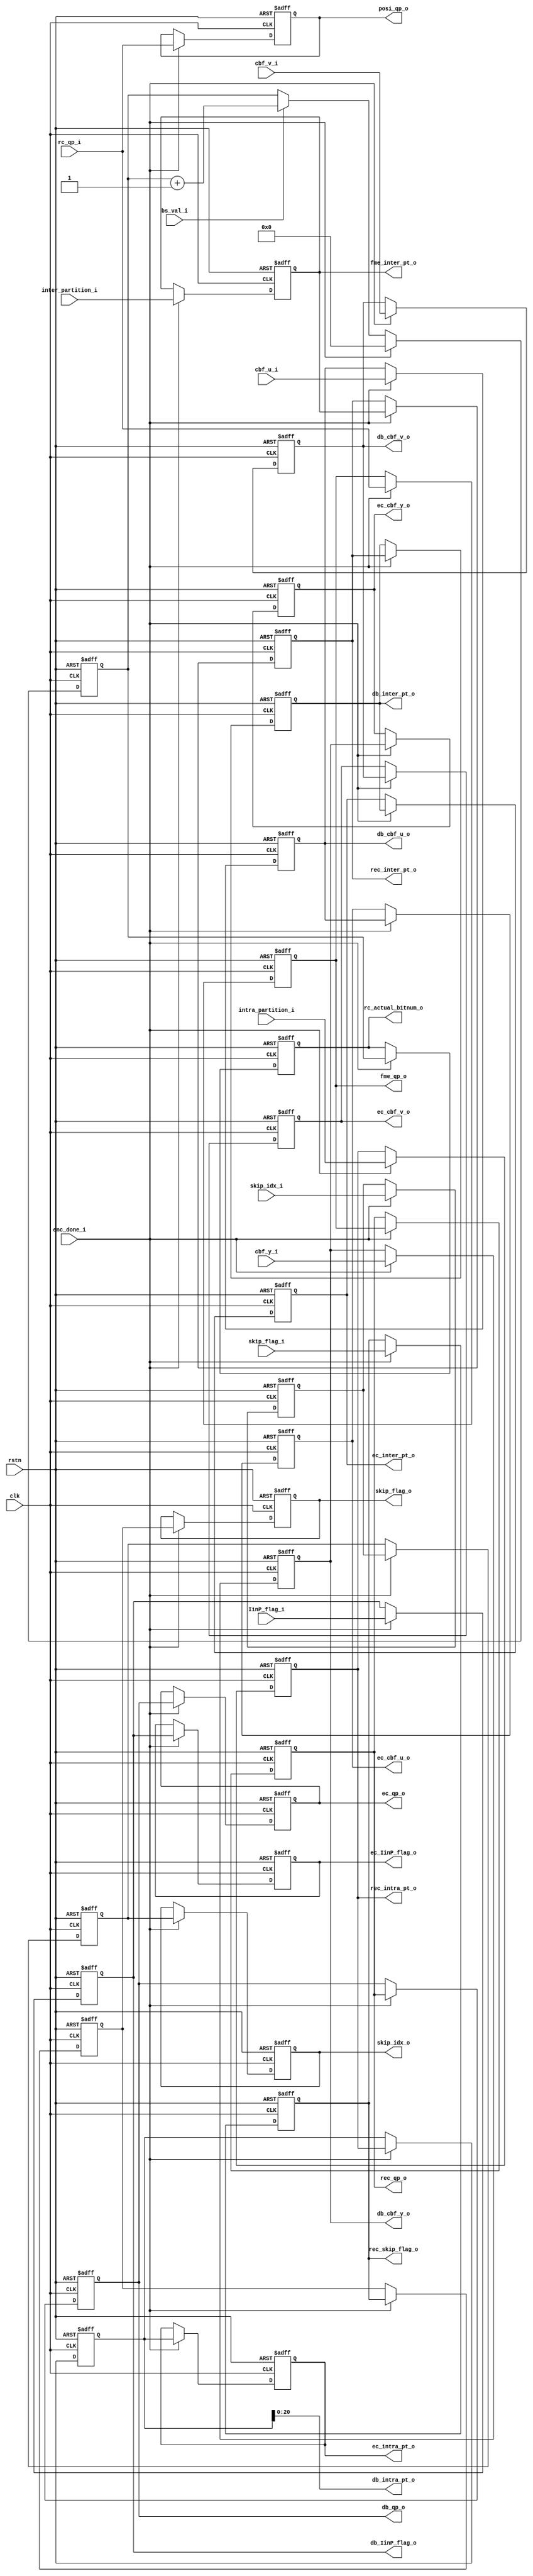
module enc_data_pipeline(
    // global
    clk                     ,
    rstn                    ,
    enc_done_i              ,
    // qp
    rc_qp_i                 ,
    posi_qp_o               ,
    fme_qp_o                ,
    rec_qp_o                ,
    db_qp_o                 ,
    ec_qp_o                 ,
    // intra pt
    intra_partition_i       ,
    rec_intra_pt_o          ,
    db_intra_pt_o           ,
    ec_intra_pt_o           ,
    // inter pt
    inter_partition_i       ,
    fme_inter_pt_o          ,       
    rec_inter_pt_o          ,
    db_inter_pt_o           ,
    ec_inter_pt_o           ,
    // IinP flag
    IinP_flag_i             ,
    db_IinP_flag_o          ,
    ec_IinP_flag_o          ,
    // cbf
    cbf_y_i                 ,
    cbf_u_i                 ,
    cbf_v_i                 ,
    db_cbf_y_o              ,
    db_cbf_u_o              ,
    db_cbf_v_o              ,
    ec_cbf_y_o              ,
    ec_cbf_u_o              ,
    ec_cbf_v_o              ,
    // skip 
    skip_idx_i              ,
    skip_flag_i             ,
    skip_idx_o              ,
    skip_flag_o             ,
    rec_skip_flag_o         ,
    // rc bitnum
    bs_val_i                ,
    rc_actual_bitnum_o      
   );

//---- input/output ----------------------------------------------
    input                       clk                 ;
    input                       rstn                ;
    input                       enc_done_i          ;
    // qp
    input   [6      -1 :0]      rc_qp_i             ;
    output  [6      -1 :0]      posi_qp_o           ;
    output  [6      -1 :0]      fme_qp_o            ;
    output  [6      -1 :0]      rec_qp_o            ;
    output  [6      -1 :0]      db_qp_o             ;
    output  [6      -1 :0]      ec_qp_o             ;
    // intra pt
    input   [85     -1 :0]      intra_partition_i   ;
    output  [85     -1 :0]      rec_intra_pt_o      ;
    output  [21     -1 :0]      db_intra_pt_o       ;
    output  [85     -1 :0]      ec_intra_pt_o       ;
    // inter pt 
    input   [42     -1 :0]      inter_partition_i   ;
    output  [42     -1 :0]      fme_inter_pt_o      ;
    output  [42     -1 :0]      rec_inter_pt_o      ;
    output  [42     -1 :0]      db_inter_pt_o       ;
    output  [42     -1 :0]      ec_inter_pt_o       ;
    // IinP flag
    input   [3      -1 :0]      IinP_flag_i         ;
    output  [3      -1 :0]      db_IinP_flag_o      ;
    output  [3      -1 :0]      ec_IinP_flag_o      ;
    // cbf 
    input   [256    -1 :0]      cbf_y_i             ;
    input   [256    -1 :0]      cbf_u_i             ;
    input   [256    -1 :0]      cbf_v_i             ;
    output  [256    -1 :0]      db_cbf_y_o          ;
    output  [256    -1 :0]      db_cbf_u_o          ;
    output  [256    -1 :0]      db_cbf_v_o          ;
    output  [256    -1 :0]      ec_cbf_y_o          ;
    output  [256    -1 :0]      ec_cbf_u_o          ;
    output  [256    -1 :0]      ec_cbf_v_o          ;
    // skip 
    input   [85*4-1:0]          skip_idx_i          ;
    input   [85-1:0]            skip_flag_i         ;
    output  [85*4-1:0]          skip_idx_o          ;
    output  [85-1:0]            skip_flag_o         ;
    output  [85-1:0]            rec_skip_flag_o     ;
    // actual bit number
    input                       bs_val_i            ;
    output  [16     -1 :0]      rc_actual_bitnum_o  ;

//---- wire/reg -------------------------------------------------
    reg     [16     -1 :0]      rc_actual_bitnum_r  ;
    reg     [6      -1 :0]      posi_qp_o           ;
    reg     [6      -1 :0]      fme_qp_o            ;
    reg     [6      -1 :0]      rec_qp_o            ;
    reg     [6      -1 :0]      db_qp_o             ;
    reg     [6      -1 :0]      ec_qp_o             ;
    reg     [85     -1 :0]      rec_intra_pt_o      ;
    reg     [85     -1 :0]      db_intra_pt_r       ;
    reg     [85     -1 :0]      ec_intra_pt_o       ;
    reg     [42     -1 :0]      fme_inter_pt_o      ;
    reg     [42     -1 :0]      rec_inter_pt_o      ;
    reg     [42     -1 :0]      db_inter_pt_o       ;
    reg     [42     -1 :0]      ec_inter_pt_o       ;
    reg     [3      -1 :0]      db_IinP_flag_o      ;
    reg     [3      -1 :0]      ec_IinP_flag_o      ;
    reg     [256    -1 :0]      db_cbf_y_o          ;
    reg     [256    -1 :0]      db_cbf_u_o          ;
    reg     [256    -1 :0]      db_cbf_v_o          ;
    reg     [256    -1 :0]      ec_cbf_y_o          ;
    reg     [256    -1 :0]      ec_cbf_u_o          ;
    reg     [256    -1 :0]      ec_cbf_v_o          ;
    reg     [16     -1 :0]      rc_actual_bitnum_o  ;
    wire    [21     -1 :0]      db_intra_pt_o       ;

    reg     [85*4-1:0]          skip_idx_d1         ;
    reg     [85-1:0]            rec_skip_flag_o        ;
    reg     [85*4-1:0]          skip_idx_d2         ;
    reg     [85-1:0]            skip_flag_d2        ;
    reg     [85*4-1:0]          skip_idx_o          ;
    reg     [85-1:0]            skip_flag_o         ;

//---- main body --------------------------------------------------
    // qp
    always @ ( posedge clk or negedge rstn ) begin 
        if ( !rstn ) begin 
            posi_qp_o           <= 0;
            fme_qp_o            <= 0;
            rec_qp_o            <= 0;
            db_qp_o             <= 0;
            ec_qp_o             <= 0;
        end else if ( enc_done_i == 1) begin 
            posi_qp_o           <= rc_qp_i  ;
            fme_qp_o            <= rc_qp_i  ;
            rec_qp_o            <= fme_qp_o ;
            db_qp_o             <= rec_qp_o ;
            ec_qp_o             <= db_qp_o  ;
        end 
        else ;
    end 

    // intra partition 
    always @ ( posedge clk or negedge rstn ) begin 
        if ( !rstn ) begin 
            rec_intra_pt_o      <= 0;
            db_intra_pt_r       <= 0;
            ec_intra_pt_o       <= 0;
        end else if ( enc_done_i == 1 ) begin 
            rec_intra_pt_o      <= intra_partition_i;
            db_intra_pt_r       <= rec_intra_pt_o   ;
            ec_intra_pt_o       <= db_intra_pt_r    ;
        end 
        else ;
    end 

    assign db_intra_pt_o = db_intra_pt_r[20:0] ;

    // inter partition 
    always @ ( posedge clk or negedge rstn ) begin 
        if ( !rstn ) begin 
            fme_inter_pt_o      <= 0;
            rec_inter_pt_o      <= 0;
            db_inter_pt_o       <= 0;
            ec_inter_pt_o       <= 0;
        end else if ( enc_done_i == 1 ) begin 
            fme_inter_pt_o      <= inter_partition_i;
            rec_inter_pt_o      <= fme_inter_pt_o   ;
            db_inter_pt_o       <= rec_inter_pt_o   ;
            ec_inter_pt_o       <= db_inter_pt_o    ;
        end 
        else ;
    end 

    // IinP flag 
    always @ ( posedge clk or negedge rstn ) begin 
        if ( !rstn ) begin 
            db_IinP_flag_o      <= 0;
            ec_IinP_flag_o      <= 0;
        end else if ( enc_done_i == 1 ) begin 
            db_IinP_flag_o      <= IinP_flag_i      ;
            ec_IinP_flag_o      <= db_IinP_flag_o   ;
        end 
        else ;
    end 

    // cbf 
    always @ ( posedge clk or negedge rstn ) begin 
        if ( !rstn ) begin 
            db_cbf_y_o <= 0;
            db_cbf_u_o <= 0;
            db_cbf_v_o <= 0;
            ec_cbf_y_o <= 0;
            ec_cbf_u_o <= 0;
            ec_cbf_v_o <= 0;
        end else if ( enc_done_i == 1 ) begin 
            db_cbf_y_o <= cbf_y_i    ;
            db_cbf_u_o <= cbf_u_i    ;
            db_cbf_v_o <= cbf_v_i    ;
            ec_cbf_y_o <= db_cbf_y_o ;
            ec_cbf_u_o <= db_cbf_u_o ;
            ec_cbf_v_o <= db_cbf_v_o ;
        end 
        else ;
    end 

    // skip 
    always @ ( posedge clk or negedge rstn ) begin 
        if ( !rstn ) begin 
            skip_idx_d1  <= 0 ;
            rec_skip_flag_o <= 0 ;
            skip_idx_d2  <= 0 ;
            skip_flag_d2 <= 0 ;
            skip_idx_o   <= 0 ;
            skip_flag_o  <= 0 ;
        end else if ( enc_done_i ) begin 
            skip_idx_d1  <= skip_idx_i   ;
            rec_skip_flag_o <= skip_flag_i  ;
            skip_idx_d2  <= skip_idx_d1  ;
            skip_flag_d2 <= rec_skip_flag_o ;
            skip_idx_o   <= skip_idx_d2  ;
            skip_flag_o  <= skip_flag_d2 ;
        end 
        else ;
    end  

    // byte count 
    always @ ( posedge clk or negedge rstn ) begin 
      if ( !rstn ) 
        rc_actual_bitnum_r <= 0;
      else if ( enc_done_i )
        rc_actual_bitnum_r <= 0;
      else if ( bs_val_i == 1 )
        rc_actual_bitnum_r <= rc_actual_bitnum_r + 1'b1 ;
      else ;
    end

    always @ ( posedge clk or negedge rstn ) begin 
        if(!rstn)
            rc_actual_bitnum_o <= 0;
        else if ( enc_done_i == 1 )
            rc_actual_bitnum_o <= rc_actual_bitnum_r ;
        else ;
    end 


endmodule